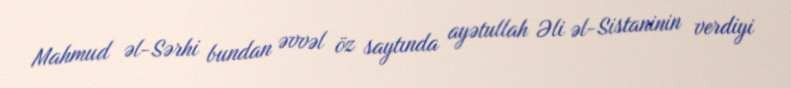
Mahmud əl-Sərhi bundan əvvəl öz saytında ayətullah Əli əl-Sistaninin verdiyi